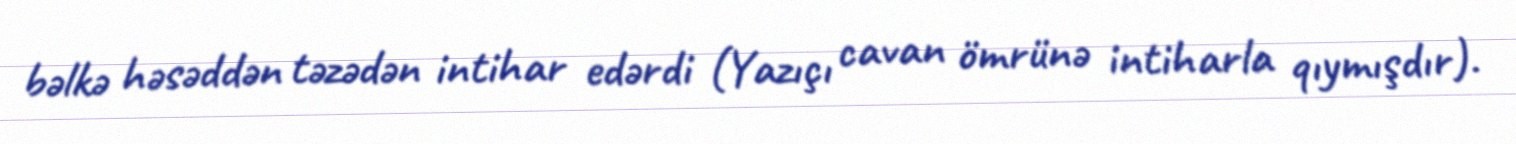
bəlkə həsəddən təzədən intihar edərdi (Yazıçı cavan ömrünə intiharla qıymışdır).